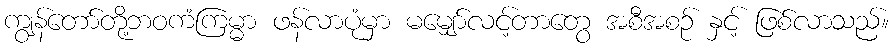
ကျွန်တော်တို့ဘဝကံကြမ္မာ ဖန်လာပုံမှာ မမျှော်လင့်တာတွေ အစီအစဉ် နှင့် ဖြစ်လာသည်။